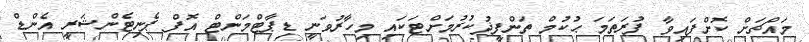
މައްޗަށް ކޮށްފައިވާ ފުރަތަމަ ޙުކުމް ތަންފީޛުކުރުމަށްޓަކައި މިހާރުވަނީ ޑިޕާޓްމަންޓް އޮފް ޕެނިޓެންޝަރީ އެންޑް